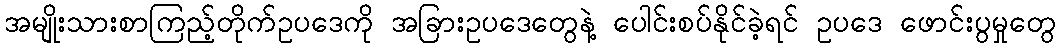
အမျိုးသားစာကြည့်တိုက်ဥပဒေကို အခြားဥပဒေတွေနဲ့ ပေါင်းစပ်နိုင်ခဲ့ရင် ဥပဒေ ဖောင်းပွမှုတွေ